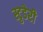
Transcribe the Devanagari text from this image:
स्टुडेरी